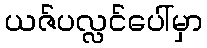
ယဇ်ပလ္လင်ပေါ်မှာ